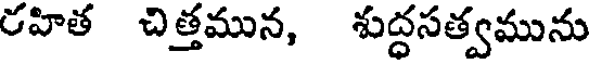
రహిత చిత్తమున, శుద్ధసత్వమును